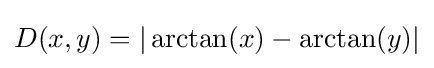
D(x,y)=|\arctan(x)-\arctan(y)|